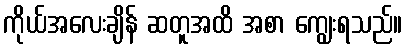
ကိုယ်အလေးချိန် ဆတူအထိ အစာ ကျွေးရသည်။